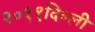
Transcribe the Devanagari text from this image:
२०११दिल्ली